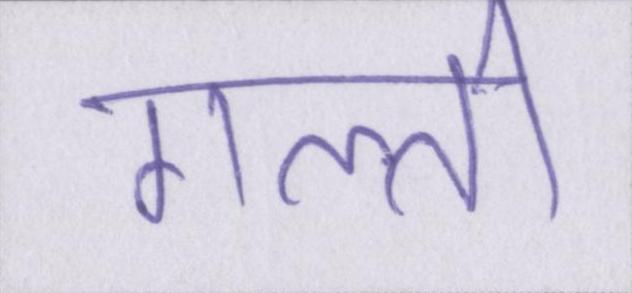
गल्ती